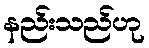
နည်းသည်ဟု